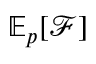
\mathbb { E } _ { p } [ \mathcal { F } ]